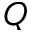
Q